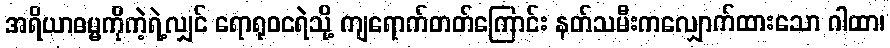
အရိယာဓမ္မကိုကဲ့ရဲ့လျှင် ရောရုဝငရဲသို့ ကျရောက်တတ်ကြောင်း နတ်သမီးကလျှောက်ထားသော ဂါထာ၊